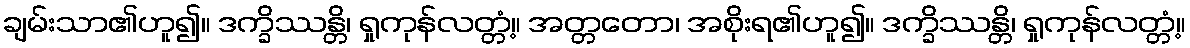
ချမ်းသာ၏ဟူ၍။ ဒက္ခိဿန္တိ၊ ရှုကုန်လတ္တံ့။ အတ္တတော၊ အစိုးရ၏ဟူ၍။ ဒက္ခိဿန္တိ၊ ရှုကုန်လတ္တံ့။